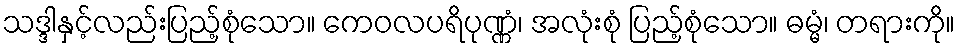
သဒ္ဒါနှင့်လည်းပြည့်စုံသော။ ကေဝလပရိပုဏ္ဏံ၊ အလုံးစုံ ပြည့်စုံသော။ ဓမ္မံ၊ တရားကို။